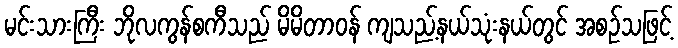
မင်းသားကြီး ဘိုလကွန်စကီသည် မိမိတာဝန် ကျသည့်နယ်သုံးနယ်တွင် အစဉ်သဖြင့်